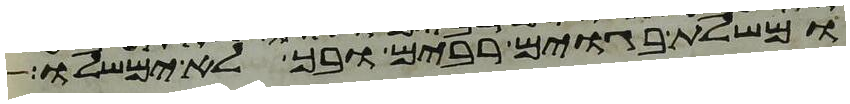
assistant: ומשלת בגוים רבים ובך לא ימשלו